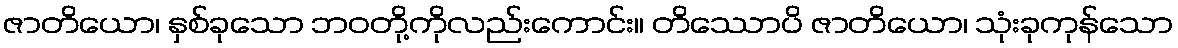
ဇာတိယော၊ နှစ်ခုသော ဘဝတို့ကိုလည်းကောင်း။ တိဿောပိ ဇာတိယော၊ သုံးခုကုန်သော